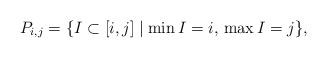
LaTeX: \begin{align*}P_{i,j}=\{I\subset[i,j]\mid\min I=i,\,\max I=j\},\end{align*}